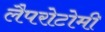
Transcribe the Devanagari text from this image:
लैपरोटोमी